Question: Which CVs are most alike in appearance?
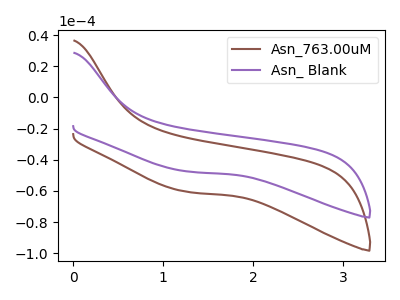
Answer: <think>The brown curve "Asn_763.00uM" has no peaks. The purple curve "Asn_ Blank" has no peaks.
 Neither "Asn_763.00uM" or "Asn_ Blank" have any peaks.</think>
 <answer>"Asn_763.00uM" and "Asn_ Blank" have the same shape and are likely CV's of the same chemical.</answer>
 <eval>"Asn_763.00uM" "Asn_ Blank"</eval>